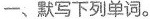
一、默写下列单词。